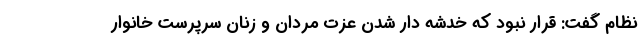
نظام گفت: قرار نبود که خدشه دار شدن عزت مردان و زنان سرپرست خانوار